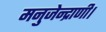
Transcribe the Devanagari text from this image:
मनुजेन्द्राणी।